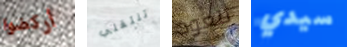
أركضوا تنتقلي تتعود سيدي